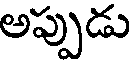
అప్పుడు